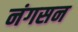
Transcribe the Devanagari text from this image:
नंगसन